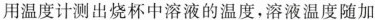
用温度计测出烧杯中溶液的温度，溶液温度随加